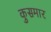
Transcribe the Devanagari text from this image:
कुसमार